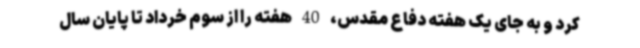
کرد و به جای یک هفته دفاع مقدس، 40 هفته را از سوم خرداد تا پایان سال